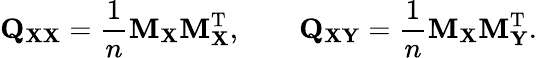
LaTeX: \mathbf{Q}_{\mathbf{XX}}={\frac{1}{n}}\mathbf{M}_{\mathbf{X}}\mathbf{M}_{\mathbf{X}}^{\mathrm{{T}}},\qquad\mathbf{Q}_{\mathbf{XY}}={\frac{1}{n}}\mathbf{M}_{\mathbf{X}}\mathbf{M}_{\mathbf{Y}}^{\mathrm{{T}}}.